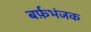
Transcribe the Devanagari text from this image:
बर्फ़भंजक